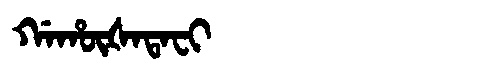
Manchu: ᡤᠠᡥᡡᡧᠠᡨᠠᠸᡳ
Romanization: GAHŪŠATAFI